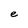
Character: e